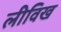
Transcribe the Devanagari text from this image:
लीविख